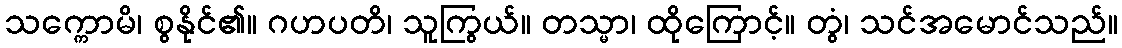
သက္ကောမိ၊ စွနိုင်၏။ ဂဟပတိ၊ သူကြွယ်။ တသ္မာ၊ ထိုကြောင့်။ တွံ၊ သင်အမောင်သည်။